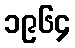
၁၉၆၄